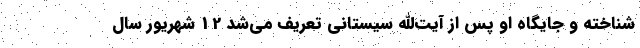
شناخته و جایگاه او پس از آیت‌الله سیستانی تعریف می‌شد 12 شهریور سال